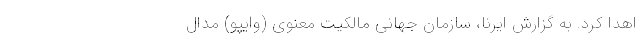
اهدا کرد. به گزارش ایرنا، سازمان جهانی مالکیت معنوی (وایپو) مدال